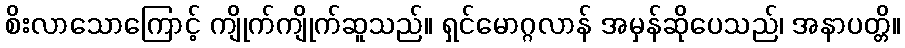
စိးလာသောကြောင့် ကျိုက်ကျိုက်ဆူသည်။ ရှင်မောဂ္ဂလာန် အမှန်ဆိုပေသည်၊ အနာပတ္တိ။